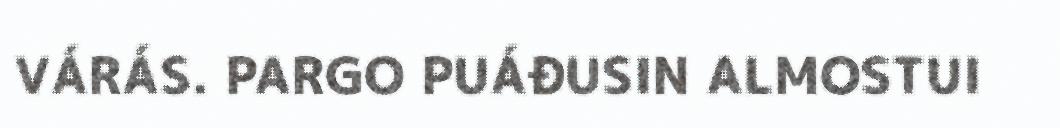
VÁRÁS. PARGO PUÁĐUSIN ALMOSTUI